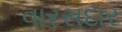
વારસદાર